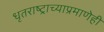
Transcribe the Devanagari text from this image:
धृतराष्ट्राच्याप्रमाणेही